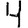
Digit: 4